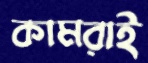
কামরাই